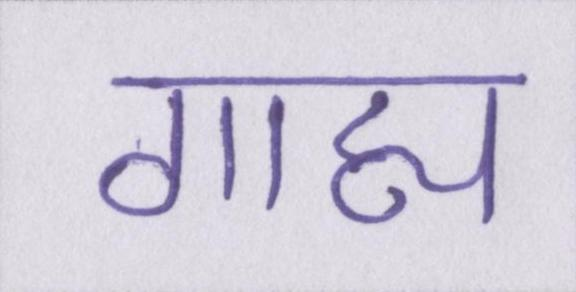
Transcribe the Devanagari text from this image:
गाह्य